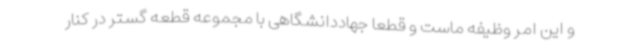
و این امر وظیفه ماست و قطعاً جهاددانشگاهی با مجموعه قطعه گستر در کنار